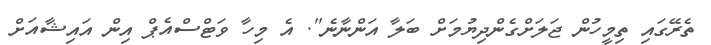
ތެރޭގައި ތިމީހުން ޖަލަށްގެންދިޔުމަށް ބަލާ އަންނާނެ". އެ މިހާ ވަޓްސްއެޕް އިން އައިޝާއަށް